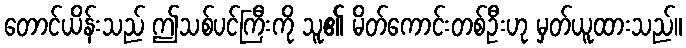
တောင်ယိန်းသည် ဤသစ်ပင်ကြီးကို သူ၏ မိတ်ကောင်းတစ်ဦးဟု မှတ်ယူထားသည်။